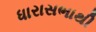
ધારાસભાથી